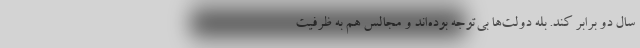
سال دو برابر کند. بله دولت‌ها بی‌توجه بوده‌اند و مجالس هم به ظرفیت